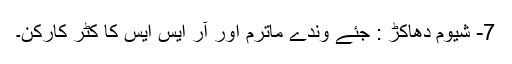
7- شیوم دھاکڑ : جئے وندے ماترم اور آر ایس ایس کا کٹر کارکن۔